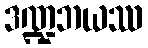
ဒဏ္ဍဘယဿ